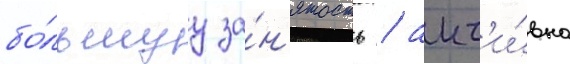
бо́льшуу за́н'ятость / акт'и́вно